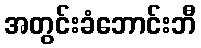
အတွင်းခံဘောင်းဘီ